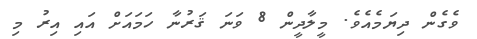
ވެގެން ދިޔަމެއެވެ. މީލާދީން 8 ވަނަ ޤަރުނާ ހަމައަށް އައި އިރު މި